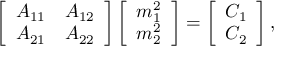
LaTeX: \left[ \begin{array} { c c } { { A _ { 1 1 } } } & { { A _ { 1 2 } } } \\ { { A _ { 2 1 } } } & { { A _ { 2 2 } } } \end{array} \right] \left[ \begin{array} { c } { { m _ { 1 } ^ { 2 } } } \\ { { m _ { 2 } ^ { 2 } } } \end{array} \right] = \left[ \begin{array} { c } { { C _ { 1 } } } \\ { { C _ { 2 } } } \end{array} \right] ,